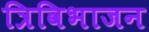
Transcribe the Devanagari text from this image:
त्रिविभाजन